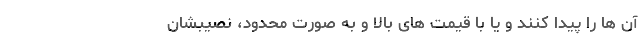
آن ها را پیدا کنند و یا با قیمت های بالا و به صورت محدود، نصیبشان